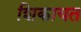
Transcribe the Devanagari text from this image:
शिकायत